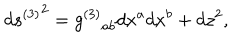
LaTeX: d { s ^ { ( 3 ) } } ^ { 2 } = { g ^ { ( 3 ) } } _ { a b } d x ^ { a } d x ^ { b } + d z ^ { 2 } ,